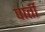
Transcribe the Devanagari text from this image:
पार्ती